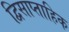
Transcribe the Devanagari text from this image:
द्विसाप्‍ताहिक